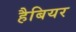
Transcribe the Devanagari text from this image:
हैबियर